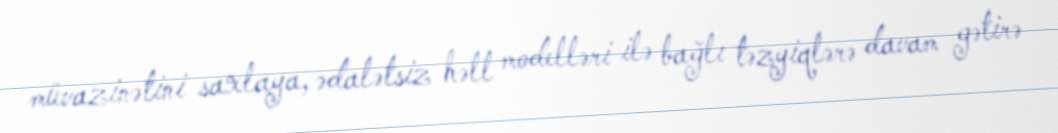
müvazinətini saxlaya, ədalətsiz həll modelləri ilə bağlı təzyiqlərə davam gətirə